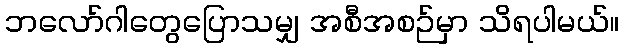
ဘလော်ဂါတွေပြောသမျှ အစီအစဉ်မှာ သိရပါမယ်။